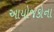
આયોજકોના